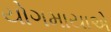
યોગમાયાએ